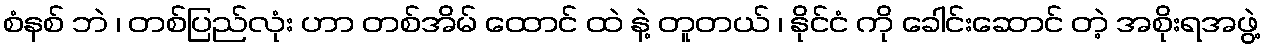
စံနစ် ဘဲ ၊ တစ်ပြည်လုံး ဟာ တစ်အိမ် ထောင် ထဲ နဲ့ တူတယ် ၊ နိုင်ငံ ကို ခေါင်းဆောင် တဲ့ အစိုးရအဖွဲ့